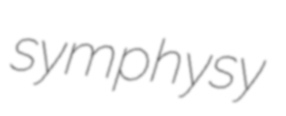
symphysy